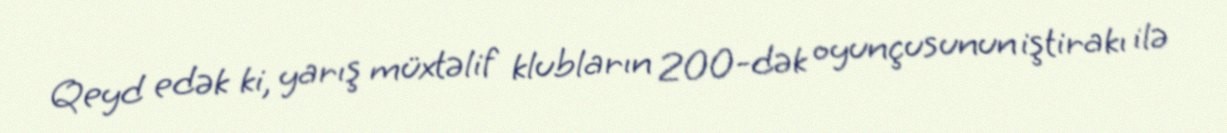
Qeyd edək ki, yarış müxtəlif klubların 200-dək oyunçusunun iştirakı ilə